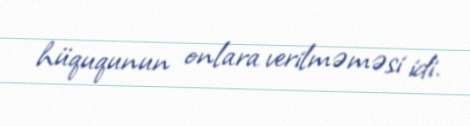
hüququnun onlara verilməməsi idi.